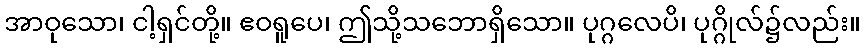
အာဝုသော၊ ငါ့ရှင်တို့။ ဧဝရူပေ၊ ဤသို့သဘောရှိသော။ ပုဂ္ဂလေပိ၊ ပုဂ္ဂိုလ်၌လည်း။